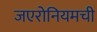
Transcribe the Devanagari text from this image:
जएरोनियमची